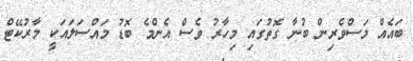
ބައެއް މަސްވެރިން ބުނާ ގޮތުގައި މިހާރު ވެސް އެންމެ ބޮޑު މައްސަލައަކީ މާރުކޭޓް